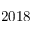
2 0 1 8